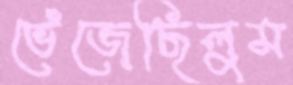
ভেঁজেছিলুম